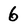
Character: 6